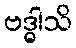
ဗဒ္ဓါသိ